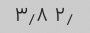
۲٫ ۳٫۸